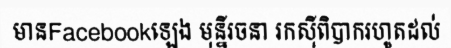
មានFacebookឡេង មុន្នីរចនា រកស៊ីពិបាករហូតដល់